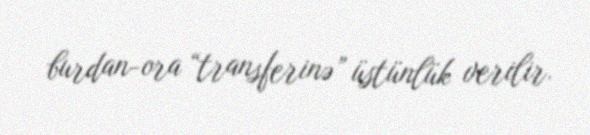
burdan-ora “transferinə” üstünlük verilir.